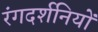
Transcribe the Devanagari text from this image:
रंगदर्शनियों